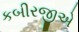
કબીરજીએ